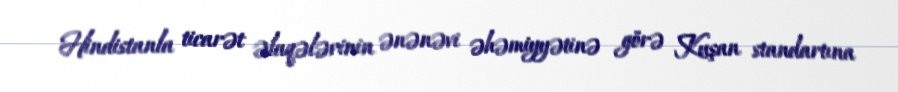
Hindistanla ticarət əlaqələrinin ənənəvi əhəmiyyətinə görə Kuşan standartına